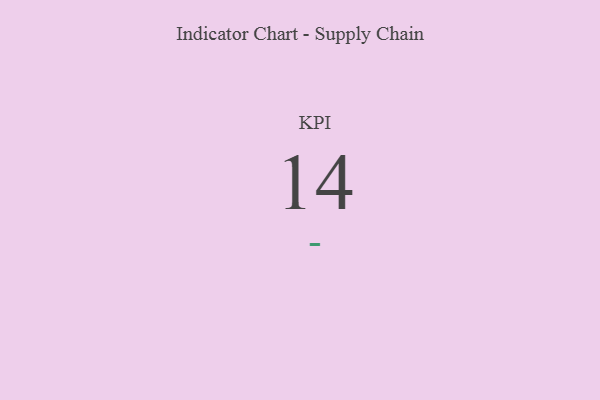
{"axis": {"x": "KPI", "y": "Value"}, "legend": [""], "data": [{"x": "KPI", "y": 14, "type": ""}]}